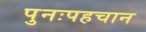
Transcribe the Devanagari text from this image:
पुनःपहचान